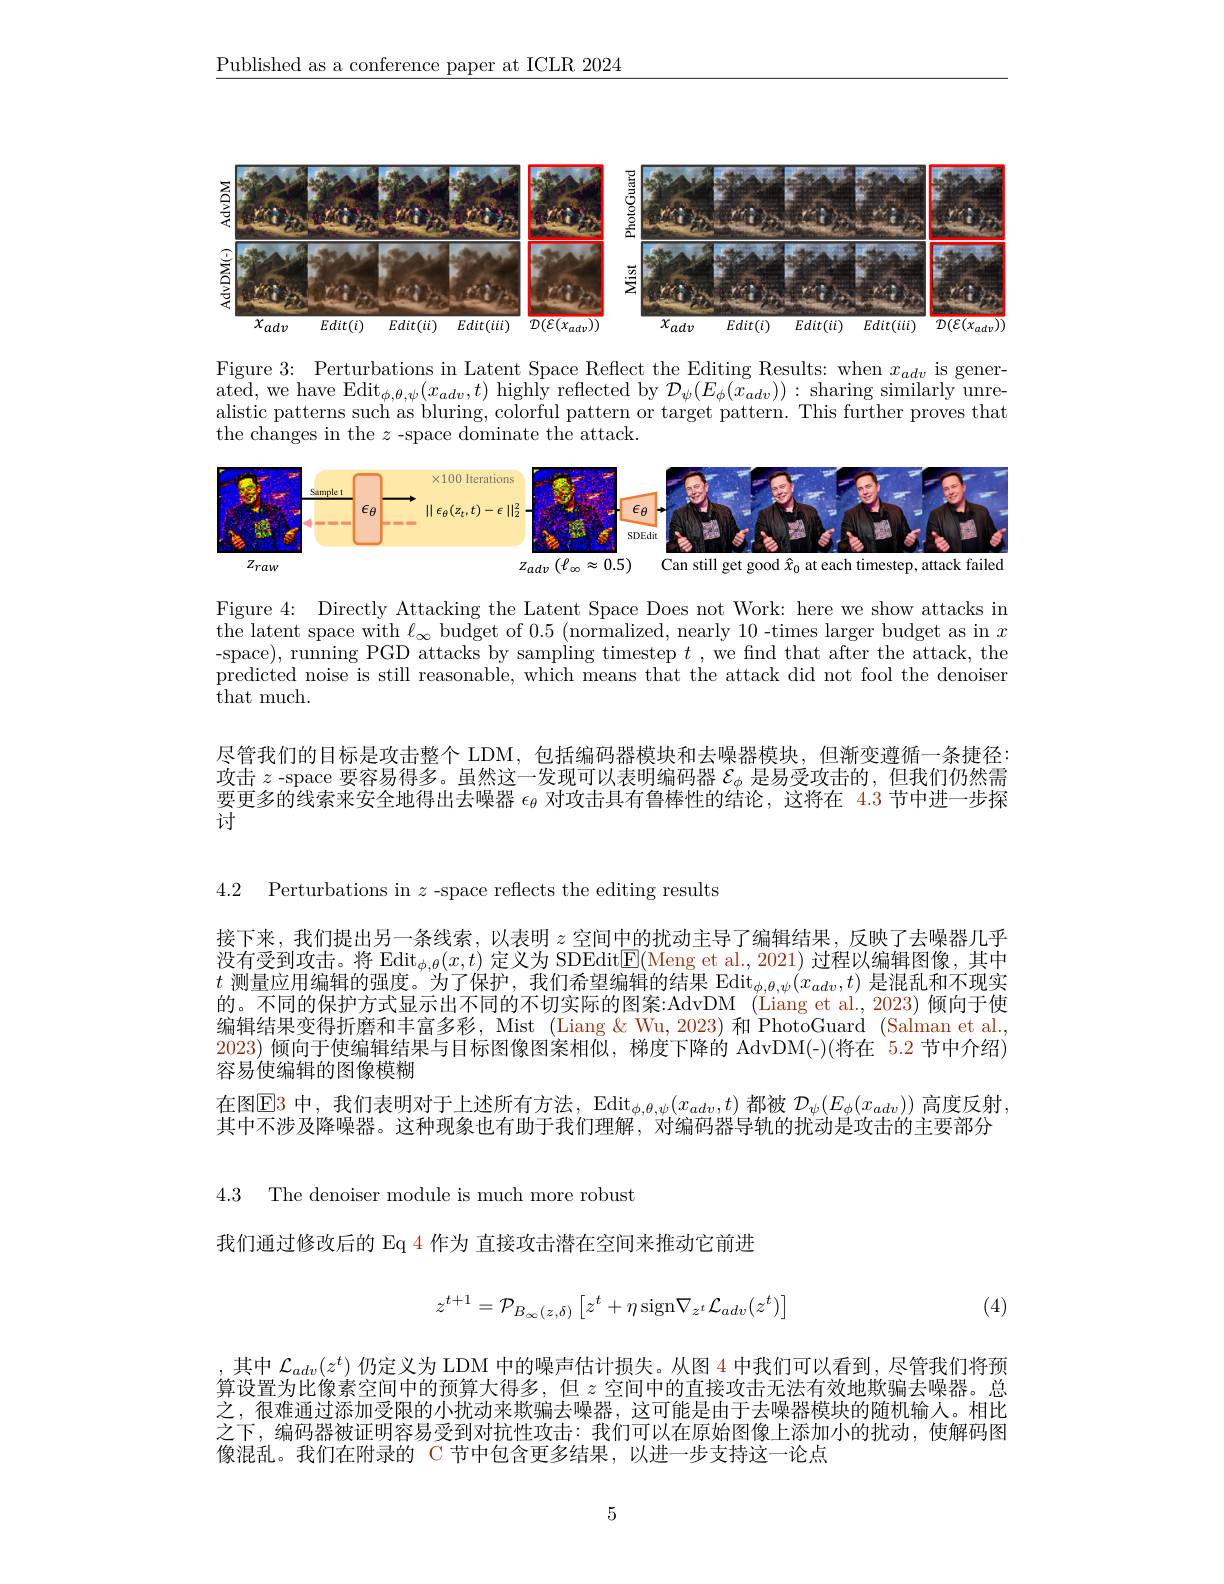
$\underline{\text{Published as a conference paper at ICLR 2024}}$

<FigureHere>

Figure 3: Perturbations in Latent Space Reflect the Editing Results: when $x_{adv}$ is gener- $\begin{array}{l}{\mathrm{ated,~we~have~Edit}_{\phi,\theta,\psi}(x_{adv},t)~\mathrm{highly~reflected~by~}\mathcal{D}_{\psi}(E_{\phi}(x_{adv})):\mathrm{sharing~similarly~unre-}}\\{\mathrm{alistic~patterns~such~as~bluring,~colorful~pattern~or~target~pattern.~This~further~proves~that}}\end{array}$ the changes in the $z$-space dominate the attack.

<FigureHere>

Figure 4: Directly Attacking the Latent Space Does not Work: here we show attacks in the latent space with $\ell_\infty$ budget of 0.5 (normalized, nearly 10 -times larger budget as in $x$ -space), running PGD attacks by sampling timestep $t$ , we find that after the attack, the predicted noise is still reasonable, which means that the attack did not fool the denoiser that much.

尽管我们的目标是攻击整个 LDM,包括编码器模块和去噪器模块，但渐变遵循一条捷径： 攻击$z$ -space 要容易得多。虽然这一发现可以表明编码器$\mathcal{E}_\phi$是易受攻击的，但我们仍然需要更多的线索来安全地得出去噪器$\epsilon_\theta$对攻击具有鲁棒性的结论，这将在 4.3 节中进一步探讨

4.2 Perturbations in $z$ -space reflects the editing results

接下来，我们提出另一条线索，以表明$z$空间中的扰动主导了编辑结果，反映了去噪器几乎没有受到攻击。将$\mathrm{Edit}_{\phi,\theta}(x,t)$定义为 SDEditE(Meng et al., 2021) 过程以编辑图像，其中$t$测量应用编辑的强度。为了保护 ,我们希望编辑的结果 Edit$_\phi,\theta,\psi(x_{adv},t)$是混乱和不现实的。不同的保护方式显示出不同的不切实际的图案：AdvDM (Liang et al., 2023) 倾向于使编辑结果变得折磨和丰富多彩，Mist (Liang &Wu, 2023) 和 PhotoGuard (Salman et al., 2023)倾向于使编辑结果与目标图像图案相似，梯度下降的 AdvDM(-)(将在 5.2 节中介绍) 容易使编辑的图像模糊
在图$\operatorname{E}$3 中，我们表明对于上述所有方法，$\operatorname{Edit}_\phi,\theta,\psi(x_{adv},t)$都被$\mathcal{D}_\psi(E_\phi(x_{adv}))$高度反射其中不涉及降噪器。这种现象也有助于我们理解，对编码器导轨的扰动是攻击的主要部分

4.3 The denoiser module is much more robust

我们通过修改后的 Eq 4 作为 直接攻击潜在空间来推动它前进
$$z^{t+1}=\mathcal{P}_{B_{\infty}(z,\delta)}\begin{bmatrix}z^t+\eta\operatorname{sign}\nabla_{z^t}\mathcal{L}_{adv}(z^t)\end{bmatrix}$$
(4)

,其中 $\mathcal{L}_adv(z^t)$ 仍定义为 LDM 中的噪声估计损失。从图 4 中我们可以看到，尽管我们将预算设置为比像素空间中的预算大得多，但$z$空间中的直接攻击无法有效地欺骗去噪器。总之，很难通过添加受限的小扰动来欺骗去噪器，这可能是由于去噪器模块的随机输入。相比之下，编码器被证明容易受到对抗性攻击：我们可以在原始图像上添加小的扰动，使解码图像混乱。我们在附录的 C 节中包含更多结果，以进一步支持这一论点

5